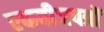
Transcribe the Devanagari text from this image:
एकबीजपत्रों